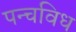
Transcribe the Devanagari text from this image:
पन्चविध